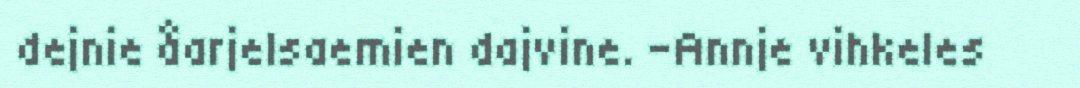
dejnie åarjelsaemien dajvine. -Annje vihkeles